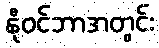
နိုဝင်ဘာအတွင်း